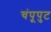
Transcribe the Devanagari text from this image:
चंपूपुट